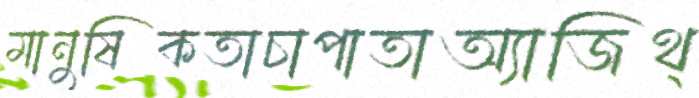
মানুষিকতাচাপাতাঅ্যাজিথ্